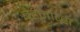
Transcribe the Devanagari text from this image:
बेडनौब्स